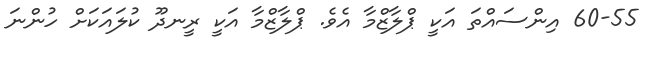
60-55 އިންސައްތަ އަކީ ޕްލާޒްމާ އެވެ. ޕްލާޒްމާ އަކީ ރީނދޫ ކުލައަކަށް ހުންނަ